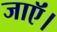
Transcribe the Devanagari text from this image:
जाऍं।